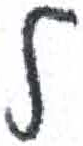
אות: ל